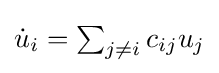
{\textstyle {\dot {u}}_{i}=\sum _{j\neq i}c_{ij}u_{j}}